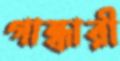
গান্ধারী